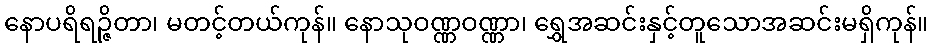
နောပရိရဉ္ဇိတာ၊ မတင့်တယ်ကုန်။ နောသုဝဏ္ဏဝဏ္ဏာ၊ ရွှေအဆင်းနှင့်တူသောအဆင်းမရှိကုန်။